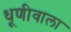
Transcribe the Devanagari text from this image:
धूणीवाला